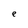
Character: e